Leaving Certificate Examination, 1911
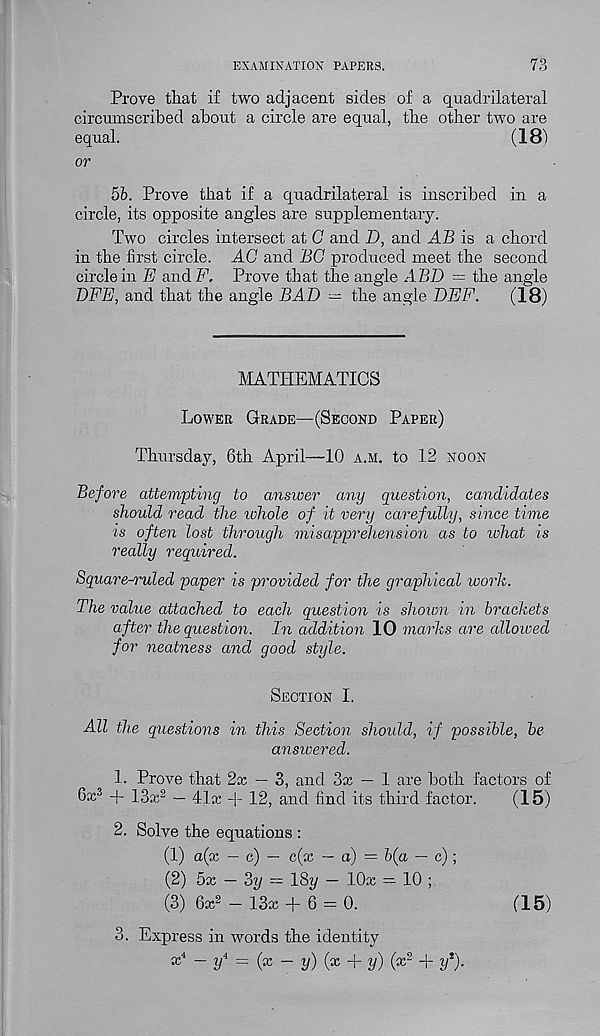
EXAMINATION PAPERS.
73
Prove that if two adjacent sides of a quadrilateral
circumscribed about a circle are equal, the other two are
equal.
(18)
or
51. Prove that if a quadrilateral is inscribed in a
circle, its opposite angles are supplementary.
Two circles intersect at G and D, and AB is a chord
in the first circle. AG and BG produced meet the second
circle in E and F. Prove that the angle ABD = the angle
DFE, and that the angle BAD — the angle DEF.
(18)
MATHEMATICS
Lower Grade—(Second Paper)
Thursday, 6th April—10 a.m. to 12 noon
Before attempting to answer any question, candidates
should read the whole of it very carefully, since time
is often lost through misapprehension as to what is
really required.
Square-ruled paper is provided for the graphical work.
The value attached to each question is shown in brackets
after the question. In addition 10 marks are allowed
for neatness and good style.
Section I.
All the questions in this Section should, if possible, be
answered.
1. Prove that 2x — 3, and 3x — 1 are both factors of
6x 3 + 13x 2 — 41x -|- 12, and find its third factor.
(15)
2. Solve the equations :
(1) a(x — c) — c(x — a) = b(a — c);
(2) 5x — 3y — ISy — lOx — 10 ;
(3) 6x 2 — 13x +6 = 0.
3. Express in words the identity
x 4 - / = (x - y) (x + y) (x 2 + y 1 ').
(15)